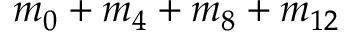
m _ { 0 } + m _ { 4 } + m _ { 8 } + m _ { 1 2 }